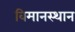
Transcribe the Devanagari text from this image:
विमानस्थान